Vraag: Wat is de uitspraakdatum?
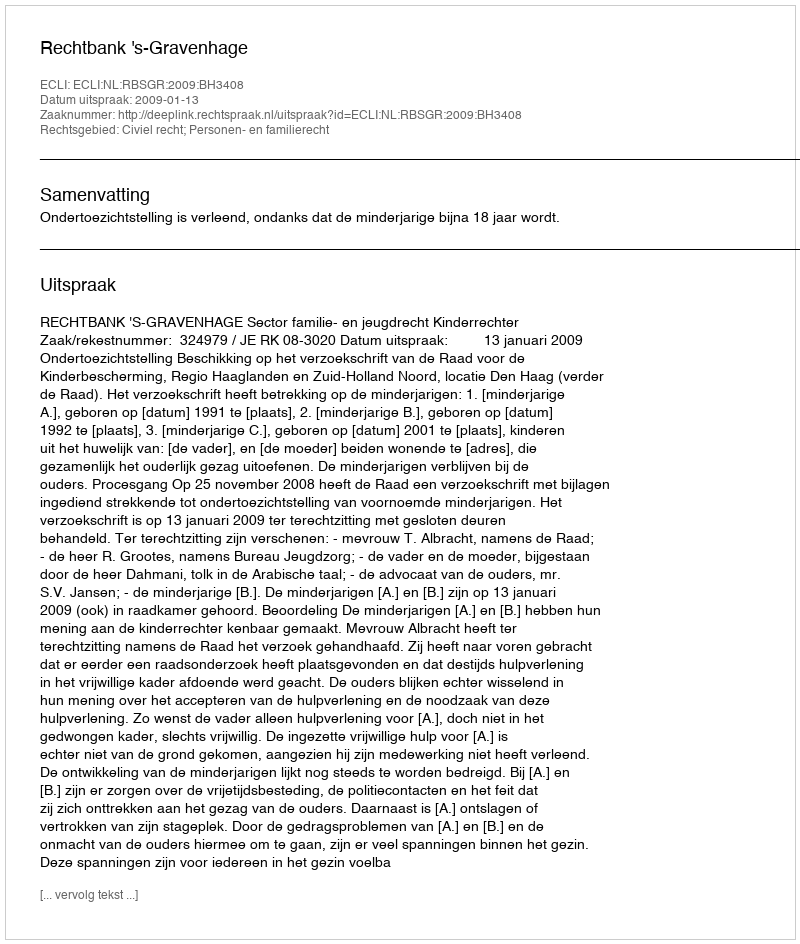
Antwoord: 2009-01-13